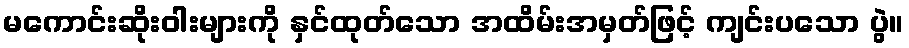
မကောင်းဆိုးဝါးများကို နှင်ထုတ်သော အထိမ်းအမှတ်ဖြင့် ကျင်းပသော ပွဲ။